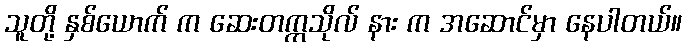
သူတို့ နှစ်ယောက် က ဆေးတက္ကသိုလ် နား က အဆောင်မှာ နေပါတယ်။